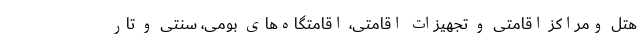
هتل ومراکز اقامتی و تجهیزات اقامتی، اقامتگاه‌های بومی، سنتی و تار